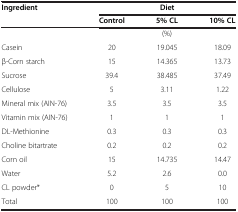
| Ingredient | <COLSPAN=3> Diet |
 |  | Control | 5% CL | 10% CL |
 | --- | --- | --- | --- |
 |  |  | (%) |  |
 | Casein | 20 | 19.045 | 18.09 |
 | β-Corn starch | 15 | 14.365 | 13.73 |
 | Sucrose | 39.4 | 38.485 | 37.49 |
 | Cellulose | 5 | 3.11 | 1.22 |
 | Mineral mix (AIN-76) | 3.5 | 3.5 | 3.5 |
 | Vitamin mix (AIN-76) | 1 | 1 | 1 |
 | DL-Methionine | 0.3 | 0.3 | 0.3 |
 | Choline bitartrate | 0.2 | 0.2 | 0.2 |
 | Corn oil | 15 | 14.735 | 14.47 |
 | Water | 5.2 | 2.6 | 0.0 |
 | CL powder* | 0 | 5 | 10 |
 | Total | 100 | 100 | 100 |